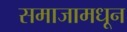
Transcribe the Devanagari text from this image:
समाजामधून